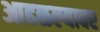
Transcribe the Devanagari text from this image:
आढळल्यावर